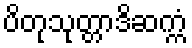
ပိတုသုတ္တာဒိဆက္ကံ